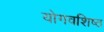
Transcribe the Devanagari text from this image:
योगवशिष्ठ